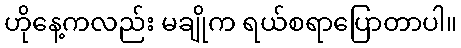
ဟိုနေ့ကလည်း မချိုက ရယ်စရာပြောတာပါ။